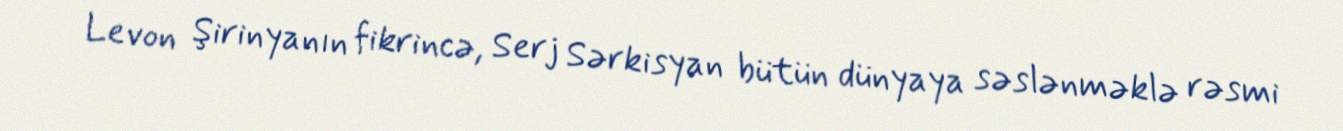
Levon Şirinyanın fikrincə, Serj Sərkisyan bütün dünyaya səslənməklə rəsmi